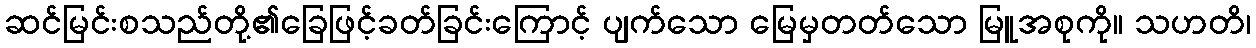
ဆင်မြင်းစသည်တို့၏ခြေဖြင့်ခတ်ခြင်းကြောင့် ပျက်သော မြေမှတတ်သော မြူအစုကို။ သဟတိ၊